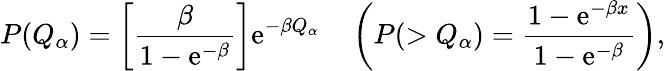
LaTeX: P(Q_{\alpha})=\left[\frac{\beta}{1-\mathrm{e}^{-\beta}}\right]\mathrm{e}^{-\beta Q_{\alpha}}\quad\left(P(>Q_{\alpha})=\frac{1-\mathrm{e}^{-\beta x}}{1-\mathrm{e}^{-\beta}}\right),